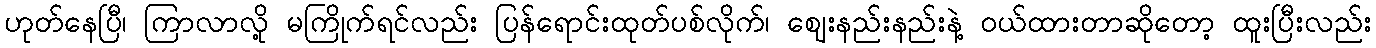
ဟုတ်နေပြီ၊ ကြာလာလို့ မကြိုက်ရင်လည်း ပြန်ရောင်းထုတ်ပစ်လိုက်၊ ဈေးနည်းနည်းနဲ့ ဝယ်ထားတာဆိုတော့ ထူးပြီးလည်း